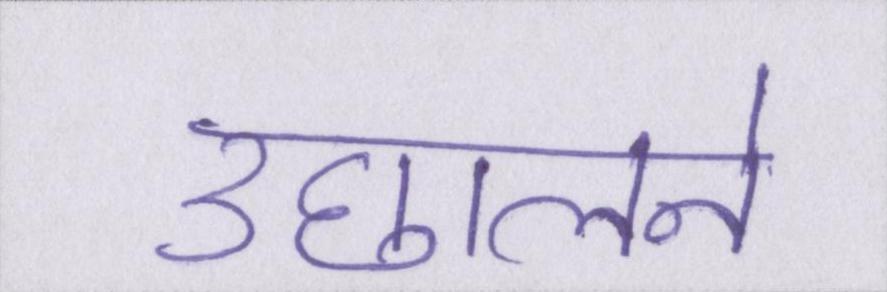
उछालने